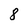
Character: 8